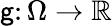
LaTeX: \mathsf{g}\colon\Omega\to{\mathbb{{R}}}